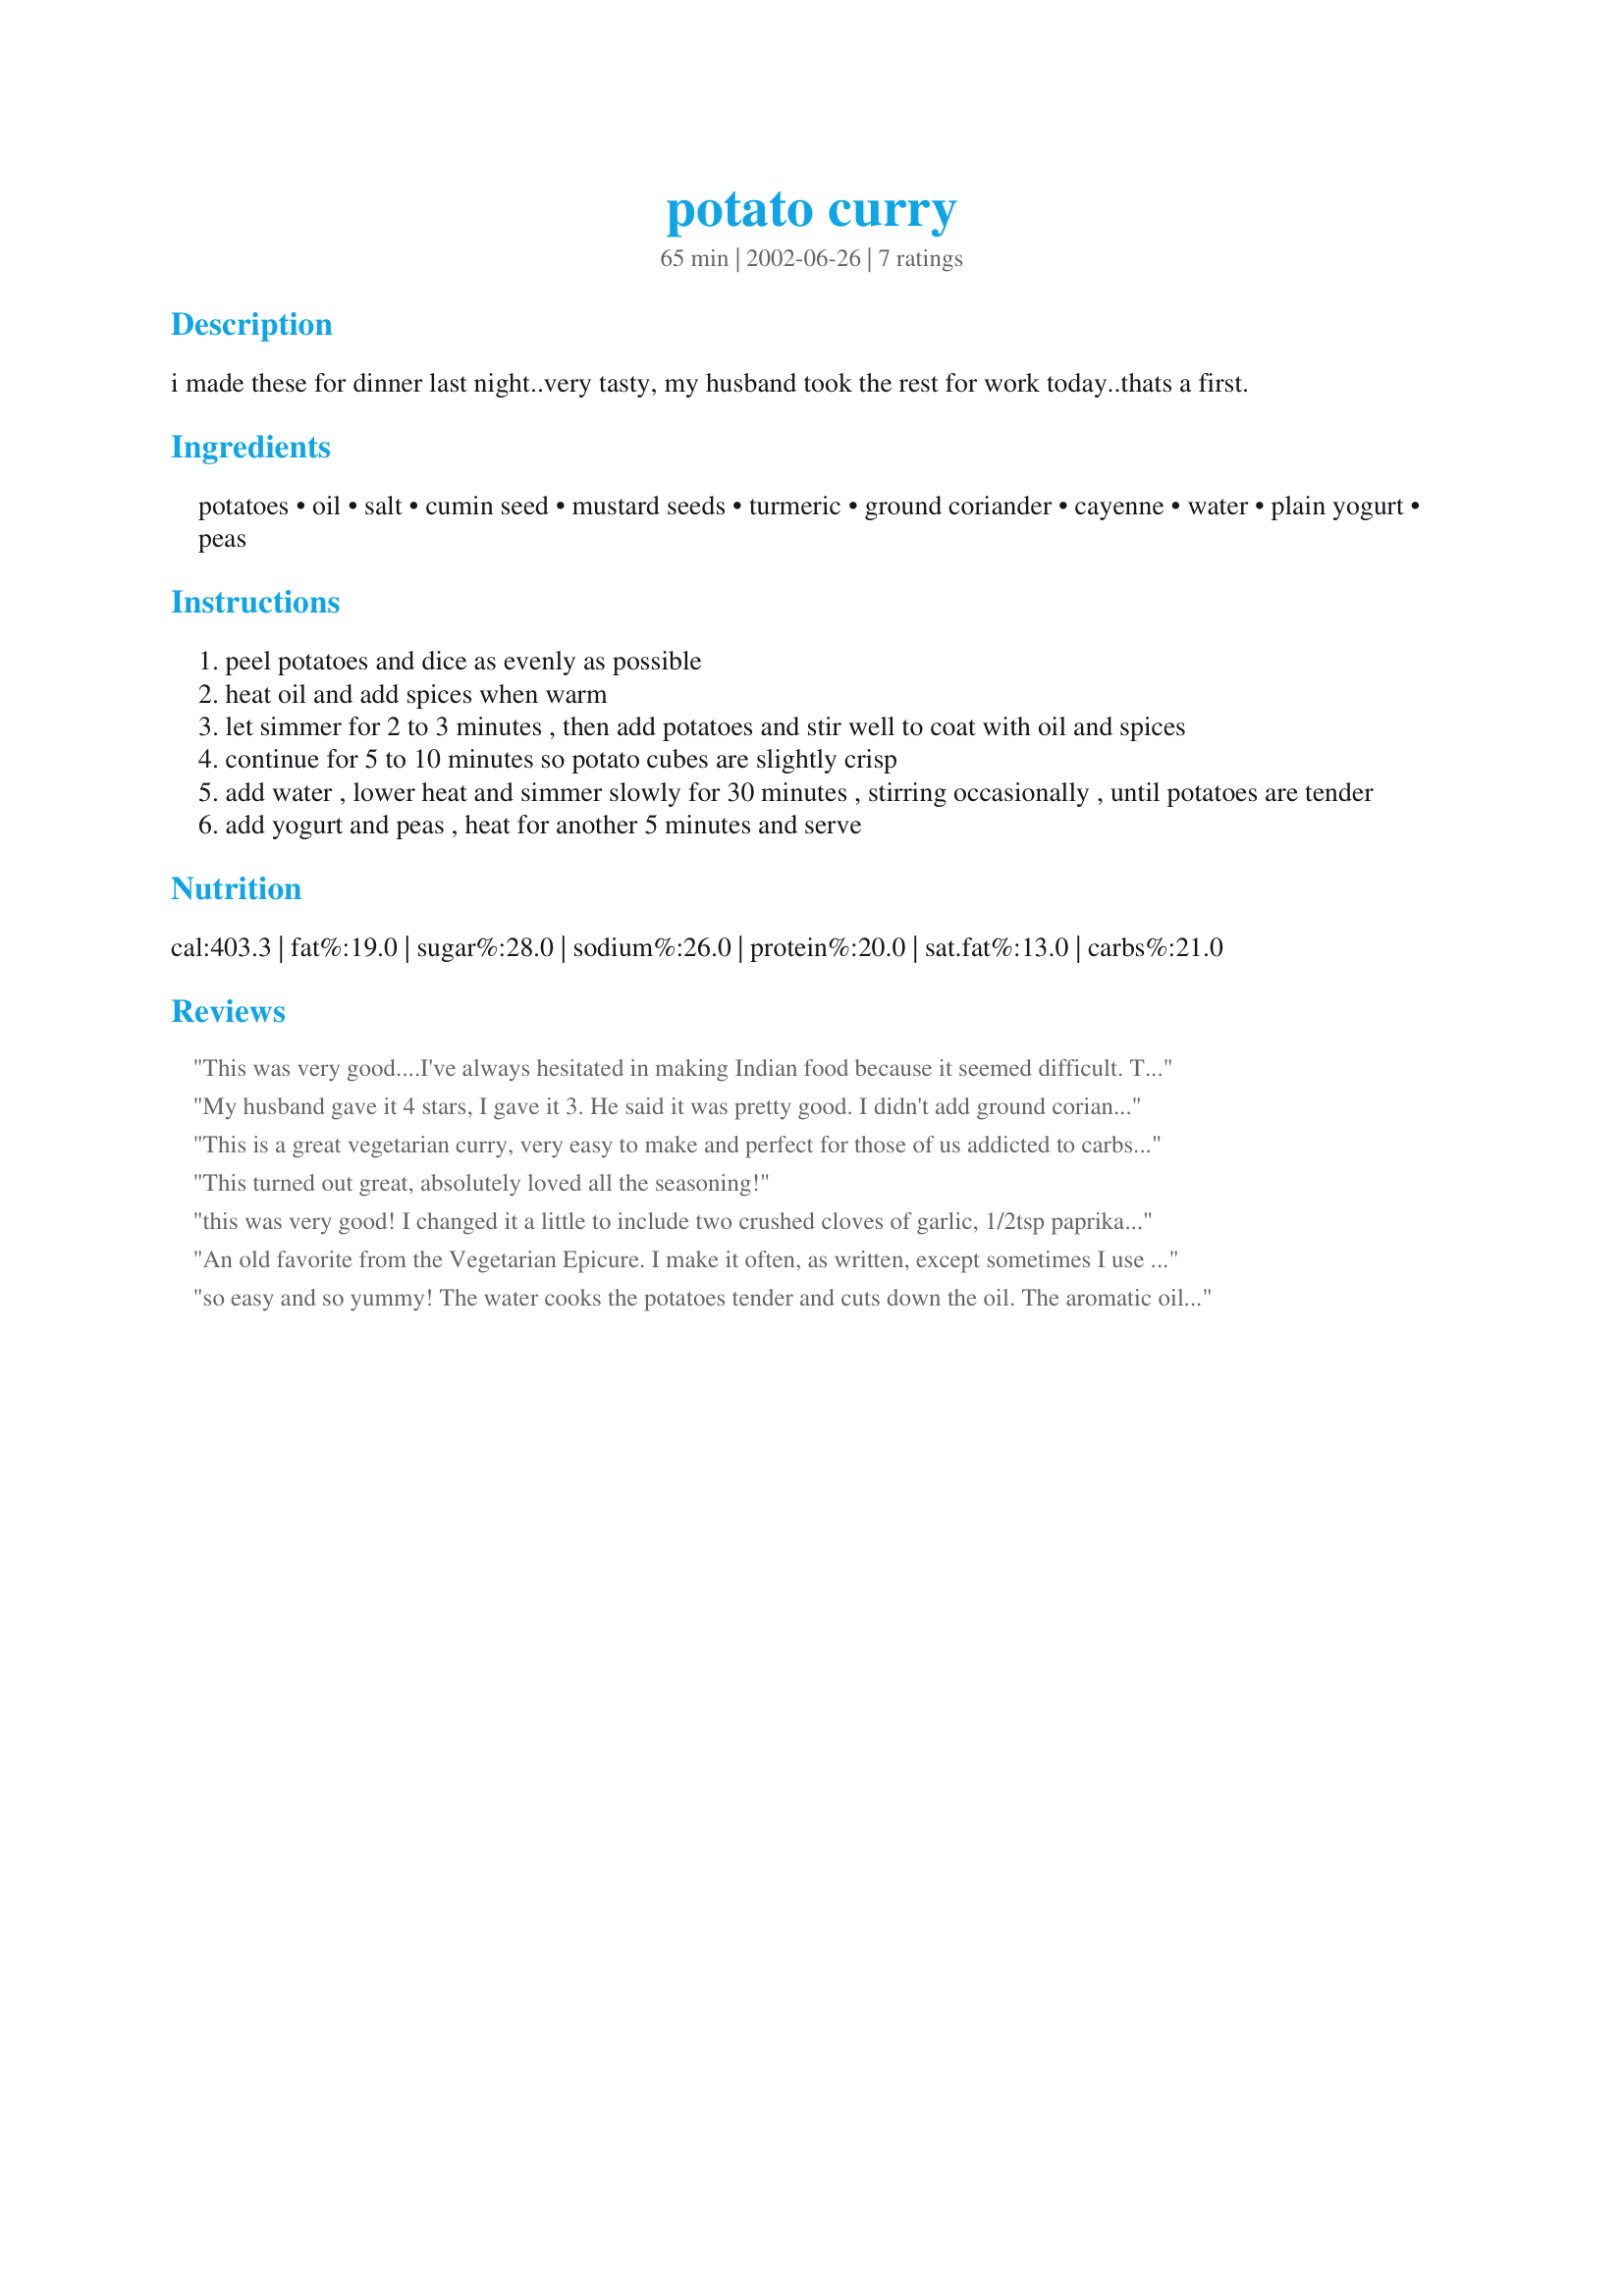
potato curry
Preparation time: 65 minutes

i made these for dinner last night..very tasty, my husband took the rest for work today..thats a first.

Ingredients:
potatoes, oil, salt, cumin seed, mustard seeds, turmeric, ground coriander, cayenne, water, plain yogurt, peas

Steps:
peel potatoes and dice as evenly as possible
heat oil and add spices when warm
let simmer for 2 to 3 minutes , then add potatoes and stir well to coat with oil and spices
continue for 5 to 10 minutes so potato cubes are slightly crisp
add water , lower heat and simmer slowly for 30 minutes , stirring occasionally , until potatoes are tender
add yogurt and peas , heat for another 5 minutes and serve

Reviews:
This was very good....I've always hesitated in making Indian food because it seemed difficult. This was easy as promised. I only gave it 3 stars because I used curry powder instead of the individual seasonings and substituted sour cream for yogurt (I had none)...I'll make again as directed and update my rating...Thanks for a wonderful lunch today lynnski!
My husband gave it 4 stars, I gave it 3. He said it was pretty good. I didn't add ground coriander because I thought I didn't have any(I found it later) but it still tasted alright. My DH appreciated the leftovers!
This is a great vegetarian curry, very easy to make and perfect for those of us addicted to carbs. The only flaw in the recipe is that it should mention that when you start heating up those mustard seeds you should cover the pan and not uncover it until the seeds have finished popping. If you're not careful you could lose an eye (to quote my mother)! This is a great main course or side dish! Thanks Dancer!
This turned out great, absolutely loved all the seasoning!
this was very good! I changed it a little to include two crushed cloves of garlic, 1/2tsp paprika, 1tsp hot curry powder, and about 2 cups shredded pre-cooked chicken (during the last ten minutes). If I hadn't put meat in it, my boyfriend would have refused to eat it for dinner, sorry :). 
I especially enjoyed the spiciness of this dish, just the perfect amount. I think I will make this dish again, and experiment with different spices.
Thank you for another great recipe.
An old favorite from the Vegetarian Epicure. I make it often, as written, except sometimes I use sour cream for the yogurt (mmm!)and cut back to a pinch of cayenne. Otherwise the spice combination is perfect. Thanks for posting!
so easy and so yummy! The water cooks the potatoes tender and cuts down the oil. The aromatic oil at the bottom of the skillet browns the potatoes and add such a wonderful flavour. The colour is an appetizing yellow with tender peas. Plus, it was easy to book. simple, clear instruction. I think this can serve more than four. I love this dish!
